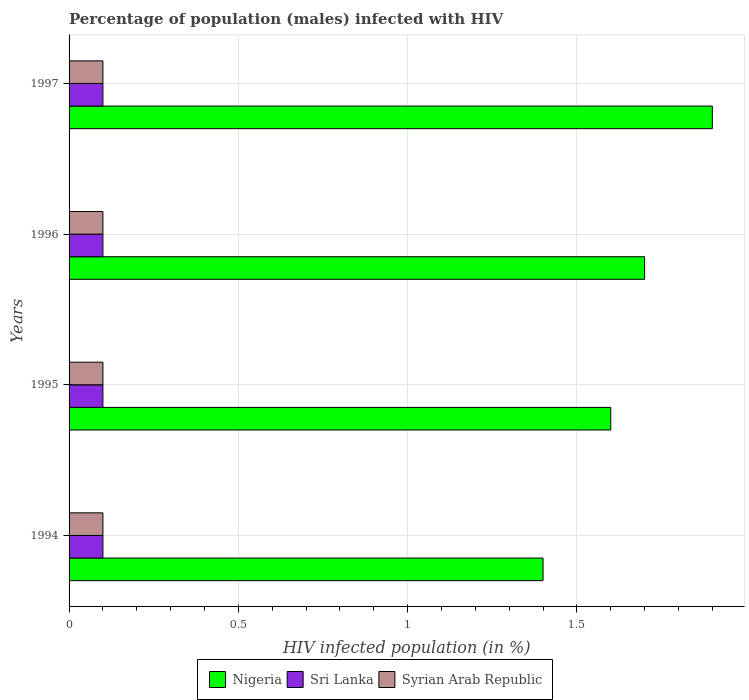
| Years | Nigeria | Sri Lanka | Syrian Arab Republic |
 | --- | --- | --- | --- |
 | 1994 | 1.4 | 0.1 | 0.1 |
 | 1995 | 1.6 | 0.1 | 0.1 |
 | 1996 | 1.7 | 0.1 | 0.1 |
 | 1997 | 1.9 | 0.1 | 0.1 |